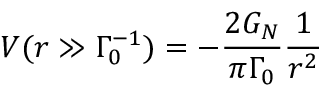
V ( r \gg \Gamma _ { 0 } ^ { - 1 } ) = - \frac { 2 G _ { N } } { \pi \Gamma _ { 0 } } \frac { 1 } { r ^ { 2 } }